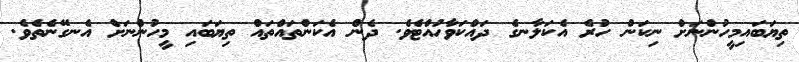
ތިޔަބައިމީހުންނަށް ނިކަން ހުރެ އެކަލާނގެ ދައްކަވާހުއްޓެވެ. ދެން އެކަންތައްތައް ތިޔަބައި މީހުންނަށް އެނގޭނެތެވެ.